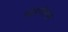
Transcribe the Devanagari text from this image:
खोबणीमधून